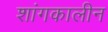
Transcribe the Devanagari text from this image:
शांगकालीन